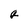
Character: a